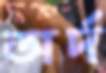
অর্দ